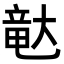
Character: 𪥛